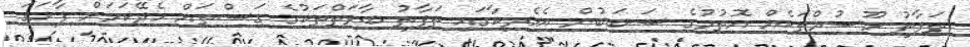
ތަފާތު މޫސުމްތަކެއް އޮތުމުގެ ސަބަބުން އެމެރިކާގައި ތަފާތު ބާވަތްތަކުގެ ގަސްތައް ހެދޭކަމަށް ފާހަގަ